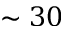
\sim 3 0